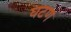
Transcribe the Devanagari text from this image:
घटण